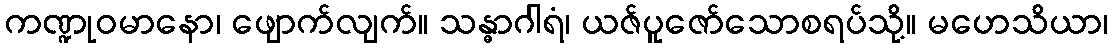
ကဏ္ဍုဝမာနော၊ ဖျောက်လျက်။ သန္ဓာဂါရံ၊ ယဇ်ပူဇော်သောစရပ်သို့။ မဟေသိယာ၊